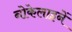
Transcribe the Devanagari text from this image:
नोकेलाइनें